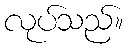
လုပ်သည်။